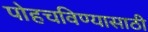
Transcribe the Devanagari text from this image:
पोहचविण्यासाठी